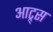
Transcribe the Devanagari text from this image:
आट्र्स